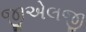
જીએલજી